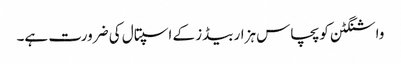
واشنگٹن کو پچاس ہزار بیڈز کے اسپتال کی ضرورت ہے۔